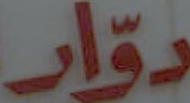
دوّار